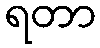
ရတာ